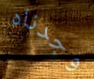
وجدناه